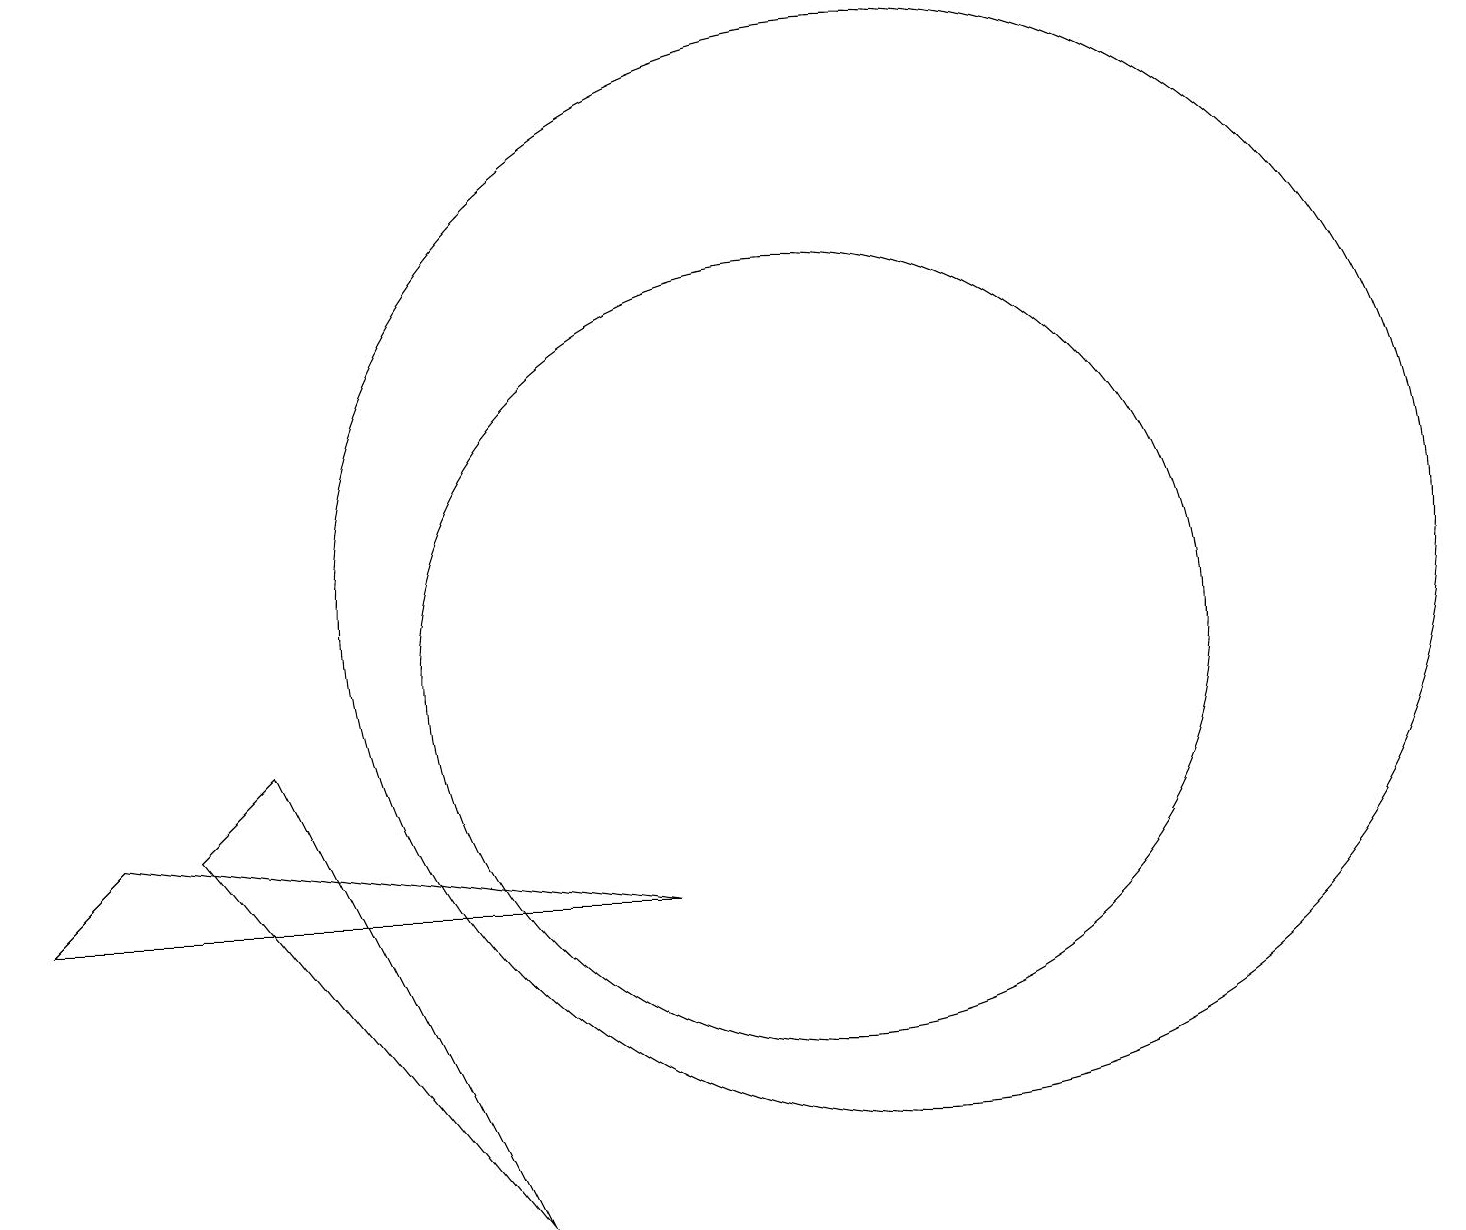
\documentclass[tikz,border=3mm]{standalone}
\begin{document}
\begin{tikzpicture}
\draw (7,3) -- (4,9) -- (3,8) -- cycle;
\draw (11,10) circle (5);
\draw (1,7) -- (2,8) -- (9,7) -- cycle;
\draw (12,11) circle (7);
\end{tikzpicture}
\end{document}